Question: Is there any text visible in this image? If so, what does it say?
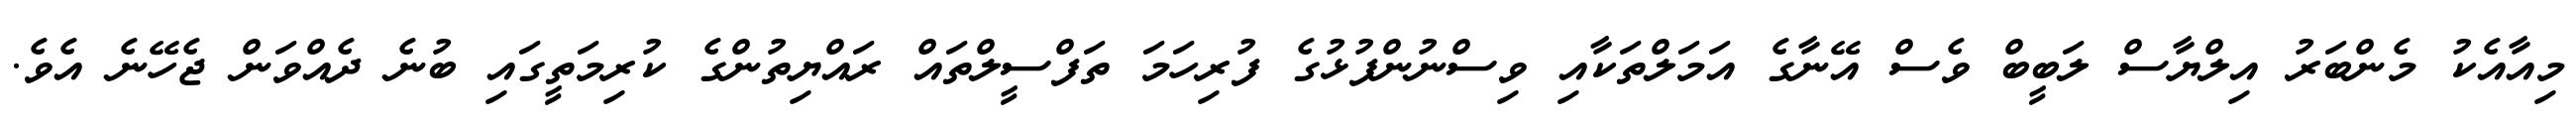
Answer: މިއާއެކު މެންބަރު އިލްޔާސް ލަބީބް ވެސް އޭނާގެ އަމަލްތަކާއި ވިސްނުންފުޅުގެ ފުރިހަމަ ތަފްސީލްތައް ރައްޔިތުންގެ ކުރިމަތީގައި ބުނެ ދެއްވަން ޖެހޭނެ އެވެ.